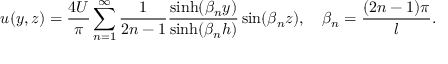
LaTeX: u ( y , z ) = { \frac { 4 U } { \pi } } \sum _ { n = 1 } ^ { \infty } { \frac { 1 } { 2 n - 1 } } { \frac { \sinh ( \beta _ { n } y ) } { \sinh ( \beta _ { n } h ) } } \sin ( \beta _ { n } z ) , \quad \beta _ { n } = { \frac { ( 2 n - 1 ) \pi } { l } } .